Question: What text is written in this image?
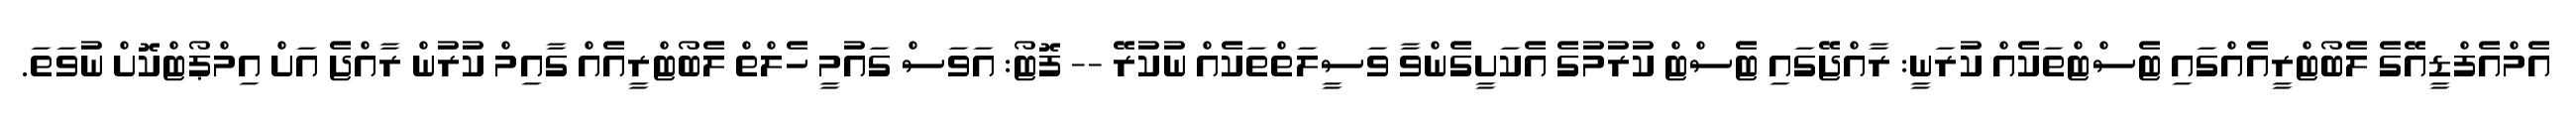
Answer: އެމްއެފްޑީއޭގެ ލެބޯޓްރީއެއްގައި ޓެސްޓްތަކެއް ކުރަނީ: ރާއްޖޭގައި ޓެސްޓް ކުރުމުގެ އެކަށީގެންވާ ވަސީލަތްތަކެއް ނުކުރޭ -- ފޮޓޯ: އަވަސް ގައުމީ ހެލްތް ލެބޯޓްރީއެއް ގާއިމް ކުރުން ރާއްޖެ އަށް އިމްޕޯޓްކޮށް ނުވަތަ.